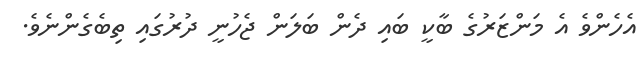
އެހެންވެ އެ މަންޒަރުގެ ބާކީ ބައި ދެން ބަލަން ޖެހުނީ ދުރުގައި ތިބެގެންނެވެ.